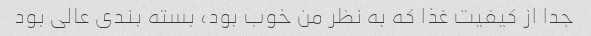
جدا از کیفیت غذا که به نظر من خوب بود، بسته بندی عالی بود